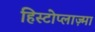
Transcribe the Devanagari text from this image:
हिस्टोप्लाज़्मा